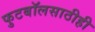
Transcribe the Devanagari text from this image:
फुटबॉलसाठीही